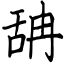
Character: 舑